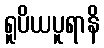
ရူပိယပူရာနိ